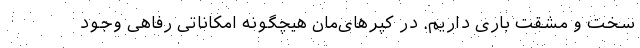
سخت و مشقت باری داریم. در کپرهای‌مان هیچگونه امکاناتی رفاهی وجود